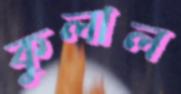
কুলাল